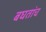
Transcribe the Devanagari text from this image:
बघतांच